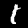
Label: 1